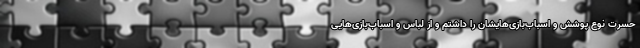
حسرت نوع پوشش و اسباب‌بازی‌هایشان را داشتم و از لباس و اسباب‌بازی‌هایی